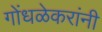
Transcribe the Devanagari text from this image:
गोंधळेकरांनी